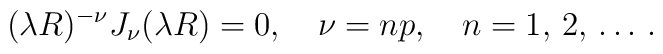
(\lambda R)^{-\nu} J_\nu(\lambda R)=0,\quad \nu=np, \quad n=1,\,2,\,\ldots \,{.}